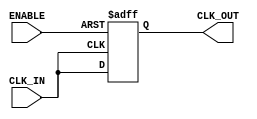
module clk_buffer (
    input wire CLK_IN,      // Input clock signal
    input wire ENABLE,      // Enable signal
    output wire CLK_OUT     // Buffered clock output
);

// Declare a reg to hold the output clock state
reg clk_out_reg;

// Always block to drive the CLK_OUT based on CLK_IN and ENABLE
always @(posedge CLK_IN or negedge ENABLE) begin
    if (!ENABLE) begin
        clk_out_reg <= 1'bz; // High-impedance state when ENABLE is low
    end else begin
        clk_out_reg <= CLK_IN; // Buffer the input clock when ENABLE is high
    end
end

// Assign the output
assign CLK_OUT = clk_out_reg;

endmodule